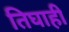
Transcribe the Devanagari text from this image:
तिघाही